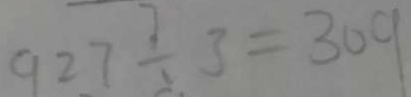
9 2 7 \div 3 = 3 0 9